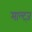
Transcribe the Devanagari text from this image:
माल्ट्ज